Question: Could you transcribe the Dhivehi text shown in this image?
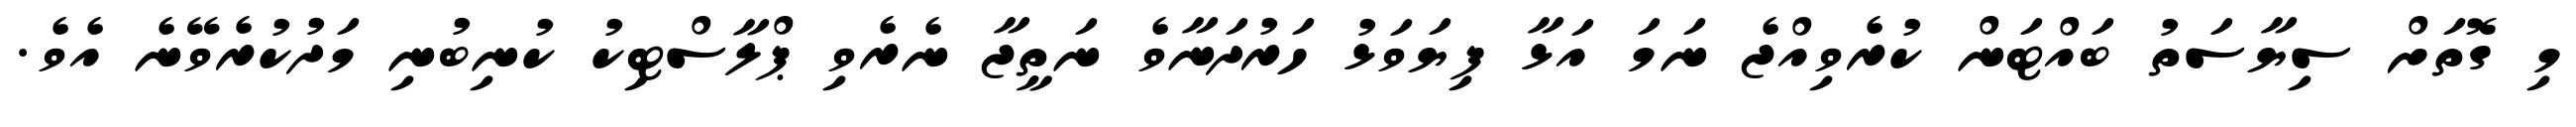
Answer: މި ގޮތަށް ސިޔާސަތު ބައްޓަން ކުރެވިއްޖެ ނަމަ އަޅާ ފިޔަވަޅު ހަރުދަނާވެ ނަތީޖާ ނެރެވި ޕްލާސްޓިކު ކުނިބުނި މަދުކުރެވޭނެ އެވެ.